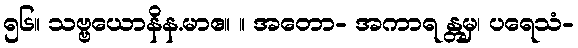
၅၆။ သဗ္ဗယောနိန.မာဧ။ ။ အတော- အကာရ န္တမှ၊ ပရေသံ-